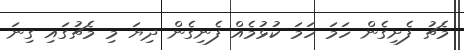
މެޗު ފެށިގެން ހަމަ ހަމަ ކުޅުމެއް ފެނިގެން ދިޔަ މި މެޗުގައި ގިނަ